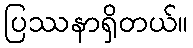
ပြဿနာရှိတယ်။